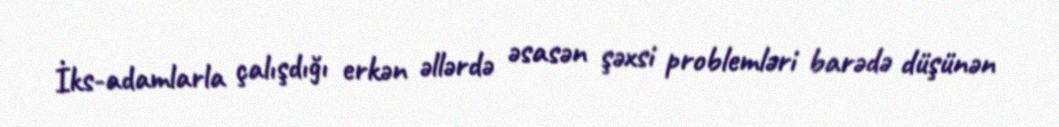
İks-adamlarla çalışdığı erkən əllərdə əsasən şəxsi problemləri barədə düşünən